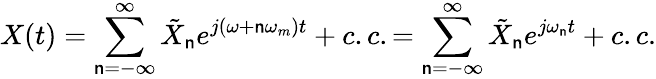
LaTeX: X(t)=\sum_{\mathsf{n}=-\infty}^{\infty}\tilde{{X}}_{\mathsf{n}}e^{j(\omega+\mathsf{n}\omega_{m})t}+c.c.=\sum_{\mathsf{n}=-\infty}^{\infty}\tilde{{X}}_{\mathsf{n}}e^{j\omega_{\mathsf{n}}t}+c.c.